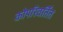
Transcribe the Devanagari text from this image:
कोपरिवर्तित